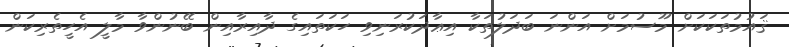
ޤައުމުތަކަކަށް މޫސުމަށް އަންނަ ބަދަލުތަކާ އިޢާދަކުރަނިވި ހަކަތައިގެ ދާއިރާއިން ބޭނުންވާ މާލީ އެހީތެރިކަން